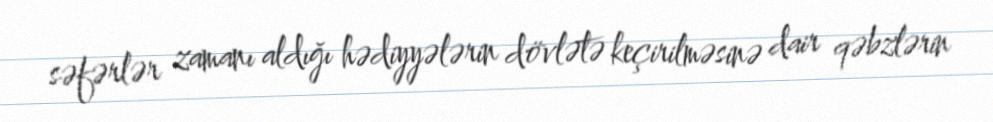
səfərlər zamanı aldığı hədiyyələrin dövlətə keçirilməsinə dair qəbzlərin